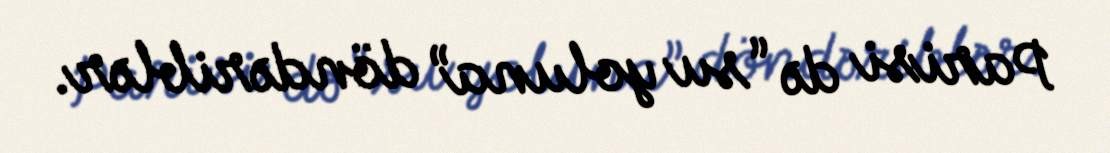
Parisi də “su yoluna” döndəriblər.